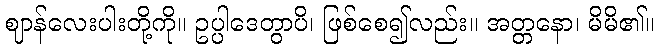
ဈာန်လေးပါးတို့ကို။ ဥပ္ပါဒေတွာပိ၊ ဖြစ်စေ၍လည်း။ အတ္တနော၊ မိမိ၏။